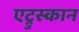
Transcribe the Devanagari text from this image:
एट्रुस्कान